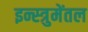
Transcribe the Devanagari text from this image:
इन्स्त्रुमेंतल